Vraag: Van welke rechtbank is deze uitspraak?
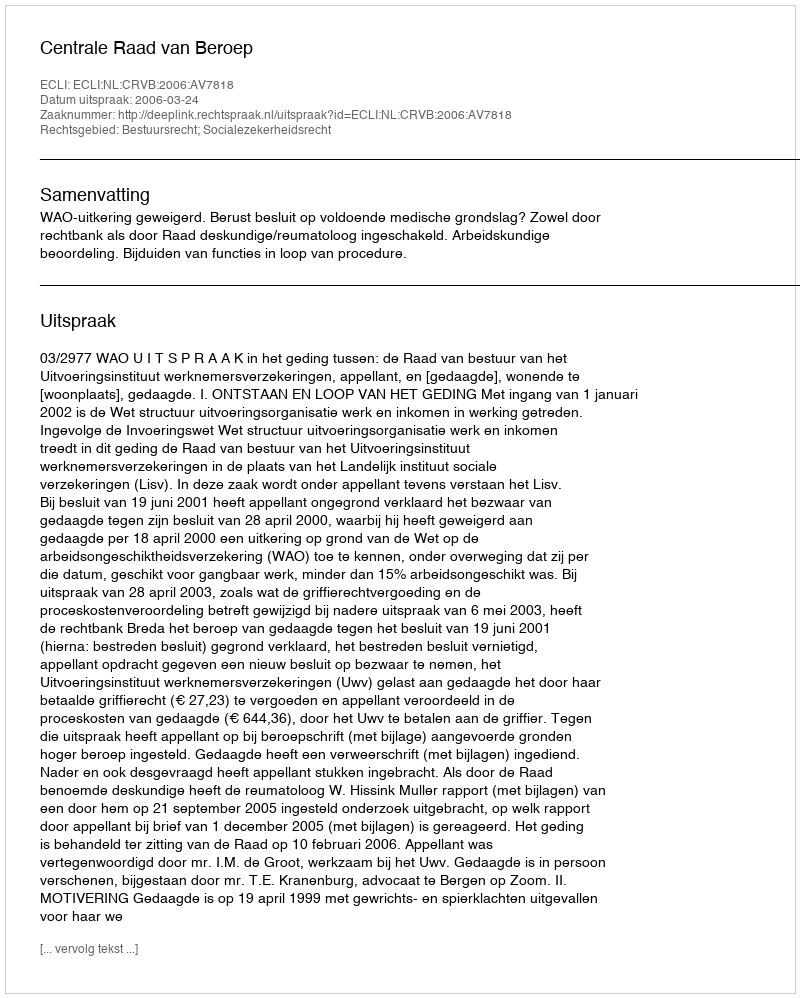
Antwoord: Centrale Raad van Beroep